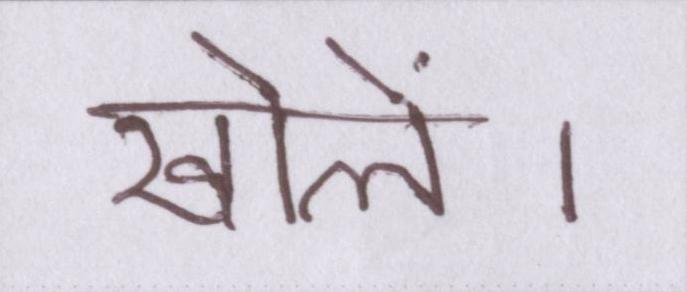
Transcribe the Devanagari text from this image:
खोलें।